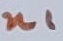
Text: n1